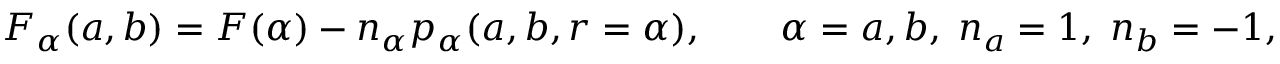
F _ { \alpha } ( a , b ) = F ( \alpha ) - n _ { \alpha } p _ { \alpha } ( a , b , r = \alpha ) , \qquad \alpha = a , b , \; n _ { a } = 1 , \; n _ { b } = - 1 ,